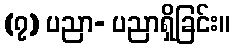
(၇) ပညာ- ပညာရှိခြင်း။